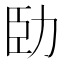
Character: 𠡗